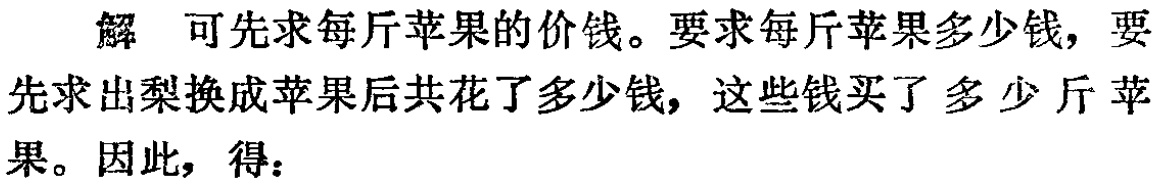
解 可先求每斤苹果的价钱。要求每斤苹果多少钱，要先求出梨换成苹果后共花了多少钱，这些钱买了多少斤苹果。因此，得：